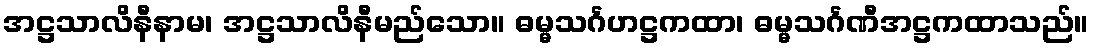
အဋ္ဌသာလိနီနာမ၊ အဋ္ဌသာလိနီမည်သော။ ဓမ္မသင်္ဂဟဋ္ဌကထာ၊ ဓမ္မသင်္ဂဏီအဋ္ဌကထာသည်။